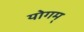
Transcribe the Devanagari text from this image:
योगम्